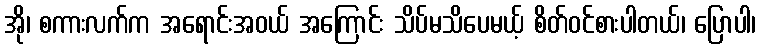
အို၊ စကားလက်က အရောင်းအဝယ် အကြောင်း သိပ်မသိပေမယ့် စိတ်ဝင်စားပါတယ်၊ ပြောပါ၊